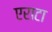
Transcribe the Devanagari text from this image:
एराटा